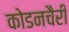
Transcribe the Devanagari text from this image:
कोडनचैरी